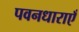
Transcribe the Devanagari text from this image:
पवनधाराएँ